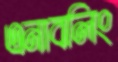
এনাবলিং